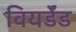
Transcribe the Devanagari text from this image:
वियर्डेंड